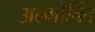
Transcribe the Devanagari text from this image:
अल्मोर्विद